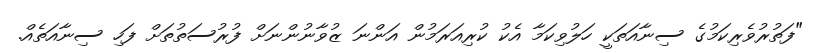
"ފަތުރުވެރިކަމުގެ ސިނާއަތަކީ ހަލުވިކަމާ އެކު ކުރިއަރަމުން އަންނަ ޒުވާނުންނަށް ފުރުސަތުތަށް ފަހި ސިނާއަތެއް.